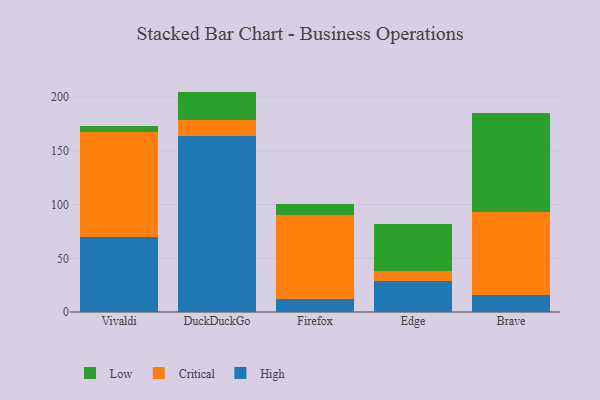
{"axis": {"x": "Browser", "y": "Net Income (USD K)"}, "legend": ["Critical", "High", "Low"], "data": [{"x": "Vivaldi", "y": 69.7, "type": "High"}, {"x": "Vivaldi", "y": 98.3, "type": "Critical"}, {"x": "Vivaldi", "y": 5.4, "type": "Low"}, {"x": "DuckDuckGo", "y": 164.4, "type": "High"}, {"x": "DuckDuckGo", "y": 14.2, "type": "Critical"}, {"x": "DuckDuckGo", "y": 26.7, "type": "Low"}, {"x": "Firefox", "y": 12.4, "type": "High"}, {"x": "Firefox", "y": 78.4, "type": "Critical"}, {"x": "Firefox", "y": 9.5, "type": "Low"}, {"x": "Edge", "y": 28.8, "type": "High"}, {"x": "Edge", "y": 9.8, "type": "Critical"}, {"x": "Edge", "y": 43.1, "type": "Low"}, {"x": "Brave", "y": 15.8, "type": "High"}, {"x": "Brave", "y": 77.4, "type": "Critical"}, {"x": "Brave", "y": 91.9, "type": "Low"}]}